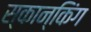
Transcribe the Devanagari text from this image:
स्कान्किंग